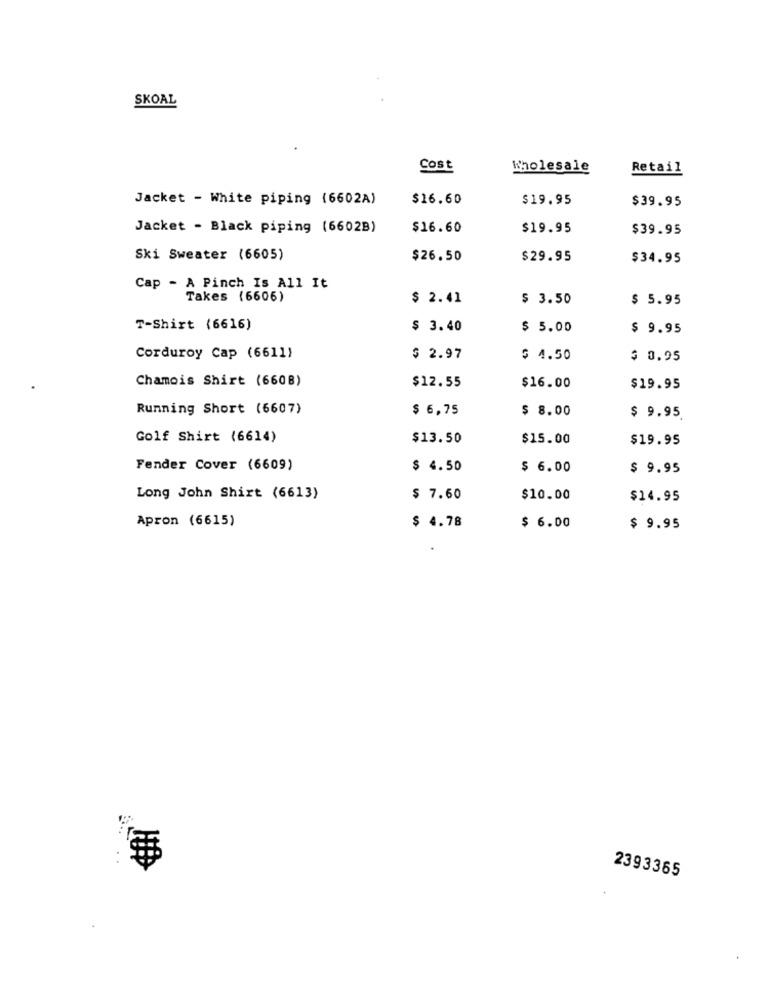
SKOAL
Cost
Wholesale
Retail
Jacket - White piping (6602A)
$16.60
$19.95
$39.95
Jacket - Black piping (6602B)
$16.60
$19.95
$39.95
Ski Sweater (6605)
$26.50
$29.95
$34.95
Cap - A Pinch Is All It
Takes (6606)
$ 2.41
$ 3.50
$ 5.95
T-Shirt (6616)
$ 3.40
$ 5.00
$ 9.95
Corduroy Cap (6611)
$ 2.97
$ 4.50
$ 0.95
Chamois Shirt (6608)
$12.55
$16.00
$19.95
Running Short (6607)
$ 6,75
$ 8.00
$ 9.95
Golf Shirt (6614)
$13.50
$15.00
$19.95
Fender Cover (6609)
$ 4.50
$ 6.00
$ 9.95
Long John Shirt (6613)
$ 7.60
$10.00
$14.95
Apron (6615)
$ 4.78
$ 6.00
$ 9.95
2393365